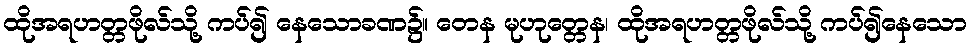
ထိုအရဟတ္တဖိုလ်သို့ ကပ်၍ နေသောခဏ၌။ တေန မုဟုတ္တေန၊ ထိုအရဟတ္တဖိုလ်သို့ ကပ်၍နေသော